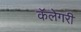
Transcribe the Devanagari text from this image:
कॅलेगरी